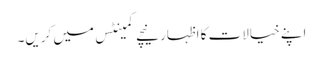
اپنے خیالات کا اظہار نیچے کمینٹس میں کریں۔